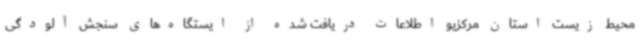
محیط زیست استان مرکزیو اطلاعات دریافت شده از ایستگاه‌های سنجش آلودگی